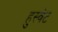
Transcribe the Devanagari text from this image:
हुस्वेट